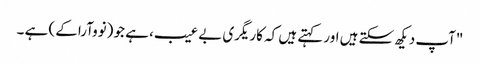
"آپ دیکھ سکتے ہیں اور کہتے ہیں کہ کاریگری بے عیب، ہے جو (نووآرا کے) ہے ۔